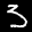
Label: 3